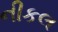
નીકલ